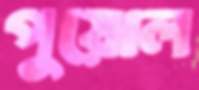
পুয়োল